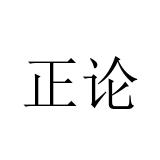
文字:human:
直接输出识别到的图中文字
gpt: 正论